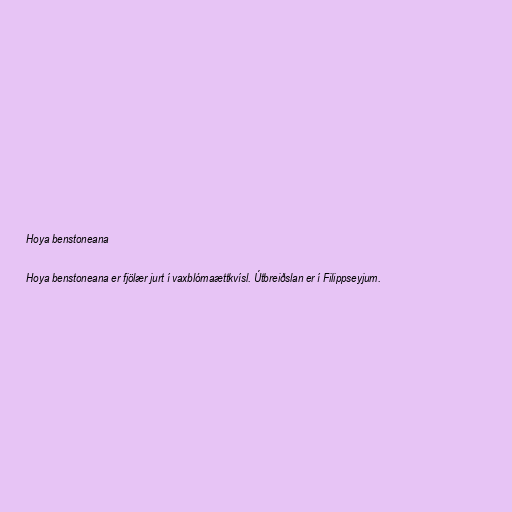
Hoya benstoneana

Hoya benstoneana er fjölær jurt í vaxblómaættkvísl. Útbreiðslan er í Filippseyjum.